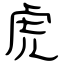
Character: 虎